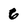
Character: 6